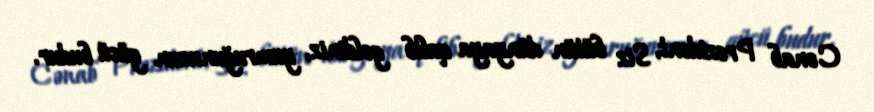
Cənab Prezident, Siz bütün dünyaya qalib gəldiniz, yumruğunuzun gücü budur.